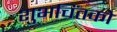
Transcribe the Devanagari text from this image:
शुभचिंतको